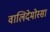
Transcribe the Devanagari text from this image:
वालिदेमोस्सा